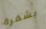
بشفرة